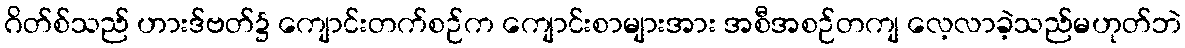
ဂိတ်စ်သည် ဟားဒ်ဗတ်၌ ကျောင်းတက်စဉ်က ကျောင်းစာများအား အစီအစဉ်တကျ လေ့လာခဲ့သည်မဟုတ်ဘဲ